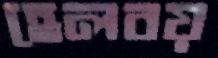
হেলবয়